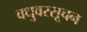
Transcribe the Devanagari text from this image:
वधुवरसूचन